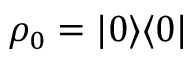
\rho _ { 0 } = | 0 \rangle \langle 0 |